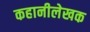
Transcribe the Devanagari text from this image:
कहानीलेखक